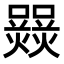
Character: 𤑽